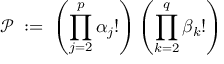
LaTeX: { \mathcal { P } } \; : = \; \left( \prod _ { j = 2 } ^ { p } \alpha _ { j } ! \right) \left( \prod _ { k = 2 } ^ { q } \beta _ { k } ! \right)